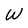
Character: W